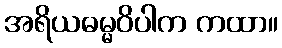
အရိယဓမ္မဝိပါက ကထာ။